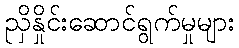
ညှိနှိုင်းဆောင်ရွက်မှုများ